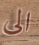
الى